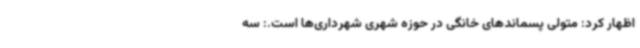
اظهار کرد: متولی پسماندهای خانگی در حوزه شهری شهرداری‌ها است.: سه